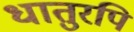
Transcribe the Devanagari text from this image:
धातुरपि